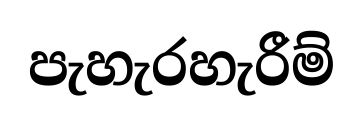
පැහැරහැරීම්